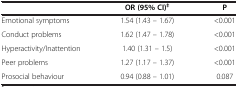
<table><thead><tr><td><b> </b></td><td><b>OR (95% CI)<sup>‡</sup></b></td><td><b>P</b></td></tr></thead><tbody><tr><td>Emotional symptoms</td><td>1.54 (1.43 – 1.67)</td><td>&lt;0.001</td></tr><tr><td>Conduct problems</td><td>1.62 (1.47 – 1.78)</td><td>&lt;0.001</td></tr><tr><td>Hyperactivity/Inattention</td><td>1.40 (1.31 – 1.5)</td><td>&lt;0.001</td></tr><tr><td>Peer problems</td><td>1.27 (1.17 – 1.37)</td><td>&lt;0.001</td></tr><tr><td>Prosocial behaviour</td><td>0.94 (0.88 – 1.01)</td><td>0.087</td></tr></tbody></table>